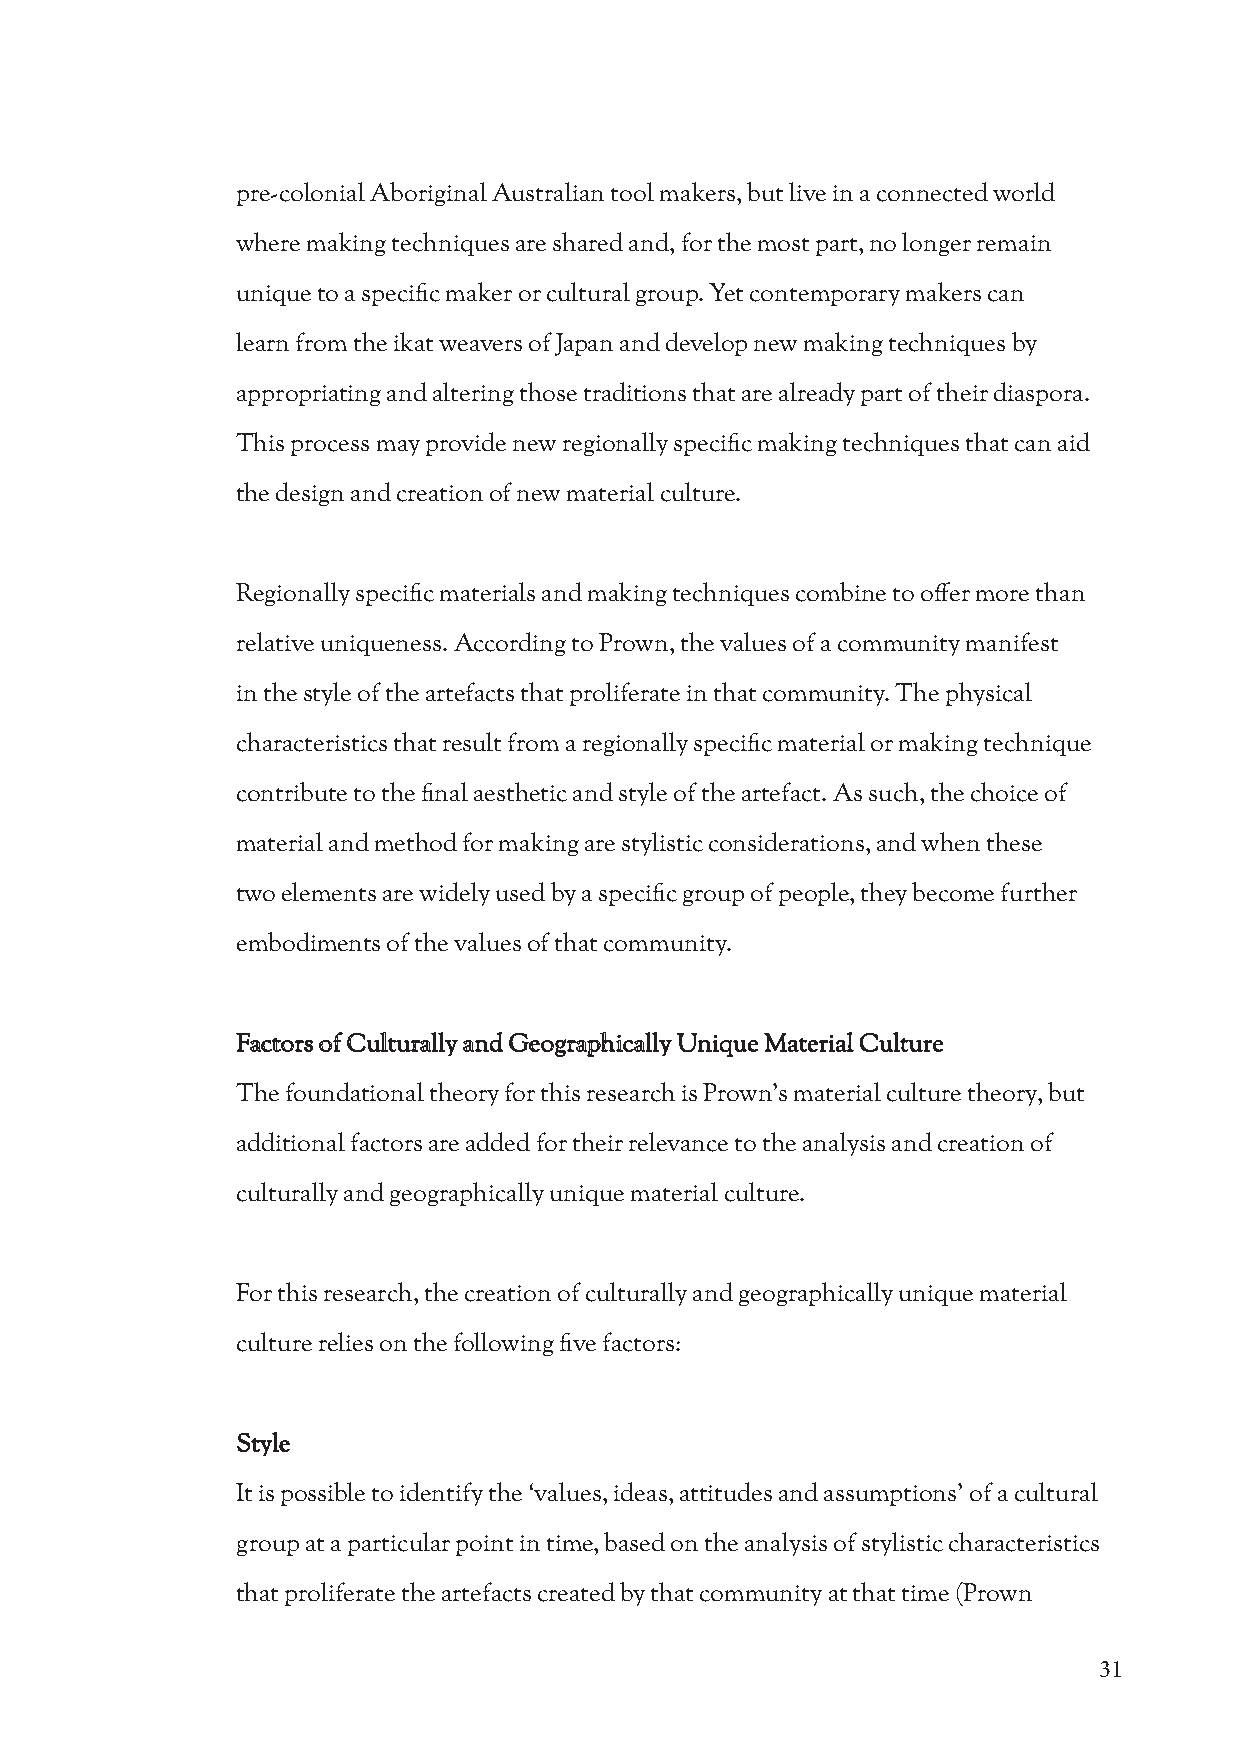
pre-colonial Aboriginal Australian tool makers, but live in a connected world
 where making techniques are shared and, for the most part, no longer remain
 unique to a specific maker or cultural group. Yet contemporary makers can
 learn from the ikat weavers of Japan and develop new making techniques by
 appropriating and altering those traditions that are already part of their diaspora.
 This process may provide new regionally specific making techniques that can aid
 the design and creation of new material culture.
 Regionally specific materials and making techniques combine to offer more than
 relative uniqueness. According to Prown, the values of a community manifest
 in the style of the artefacts that proliferate in that community. The physical
 characteristics that result from a regionally specific material or making technique
 contribute to the final aesthetic and style of the artefact. As such, the choice of
 material and method for making are stylistic considerations, and when these
 two elements are widely used by a specific group of people, they become further
 embodiments of the values of that community.
 Factors of Culturally and Geographically Unique Material Culture
 The foundational theory for this research is Prown’s material culture theory, but
 additional factors are added for their relevance to the analysis and creation of
 culturally and geographically unique material culture.
 For this research, the creation of culturally and geographically unique material
 culture relies on the following five factors:
 Style
 It is possible to identify the ‘values, ideas, attitudes and assumptions’ of a cultural
 group at a particular point in time, based on the analysis of stylistic characteristics
 that proliferate the artefacts created by that community at that time (Prown
 31